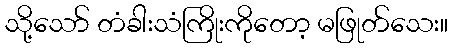
သို့သော် တံခါးသံကြိုးကိုတော့ မဖြုတ်သေး။